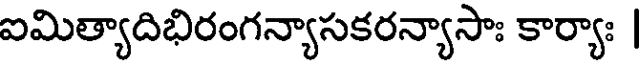
ఐమిత్యాదిభిరంగన్యాసకరన్యాసాః కార్యాః |